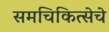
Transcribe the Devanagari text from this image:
समचिकित्सेचे